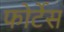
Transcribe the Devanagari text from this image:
फोर्टेस